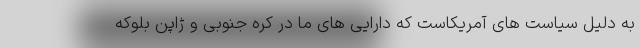
به دلیل سیاست های آمریکاست که دارایی های ما در کره جنوبی و ژاپن بلوکه